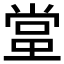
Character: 𬻬